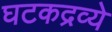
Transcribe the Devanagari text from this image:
घटकद्रव्ये